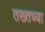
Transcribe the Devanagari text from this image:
तख्तच्या